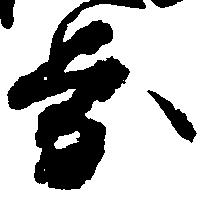
歩